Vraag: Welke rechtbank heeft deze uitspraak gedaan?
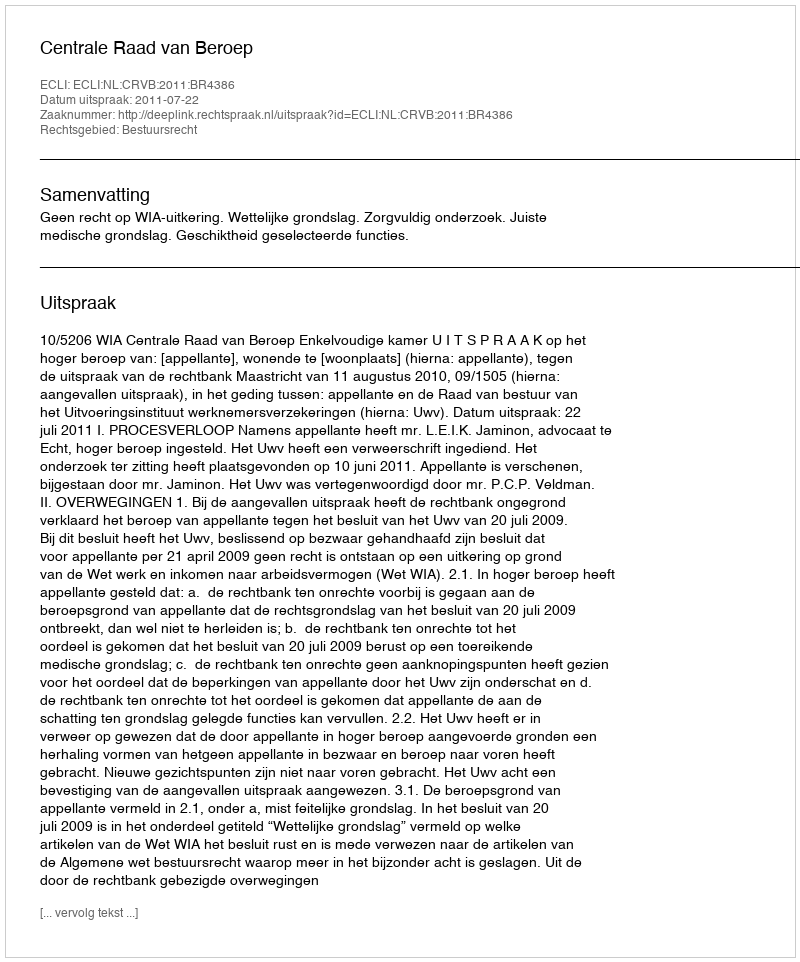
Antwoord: Centrale Raad van Beroep